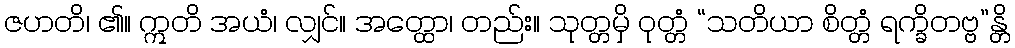
ဇဟတိ၊ ၏။ ဣတိ အယံ၊ လျှင်။ အတ္ထော၊ တည်း။ သုတ္တမှိ ဝုတ္တံ “သတိယာ စိတ္တံ ရက္ခိတဗ္ဗ”န္တိ